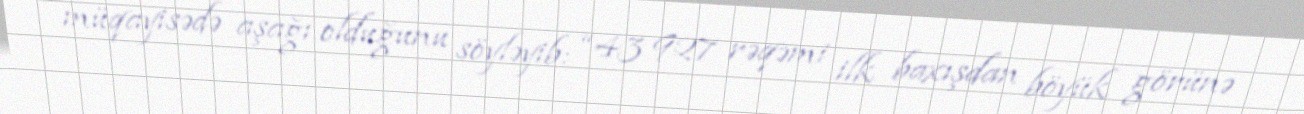
müqayisədə aşağı olduğunu söyləyib: “43 927 rəqəmi ilk baxışdan böyük görünə